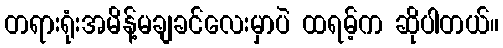
တရားရုံးအမိန့်မချခင်လေးမှာပဲ ထရမ့်က ဆိုပါတယ်။